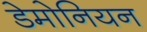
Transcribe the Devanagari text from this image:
डेमोनियन